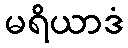
မရိယာဒံ